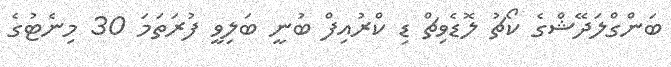
ބަންގްލަދޭޝްގެ ކޯޗު ލޮޑެވިޗް ޑި ކްރުއިފް ބުނީ ބަލިވީ ފުރަތަމަ 30 މިނެޓުގެ